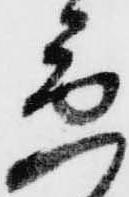
急